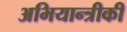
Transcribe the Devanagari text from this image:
अभियान्त्रीकी